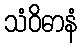
သံဝိဓာနံ